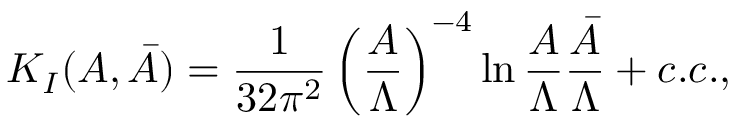
{ \cal K } _ { I } ( A , \bar { A } ) = { \frac { 1 } { 3 2 \pi ^ { 2 } } } \left( { \frac { A } { \Lambda } } \right) ^ { - 4 } \ln { \frac { A } { \Lambda } } { \frac { \bar { A } } { \Lambda } } + c . c . ,